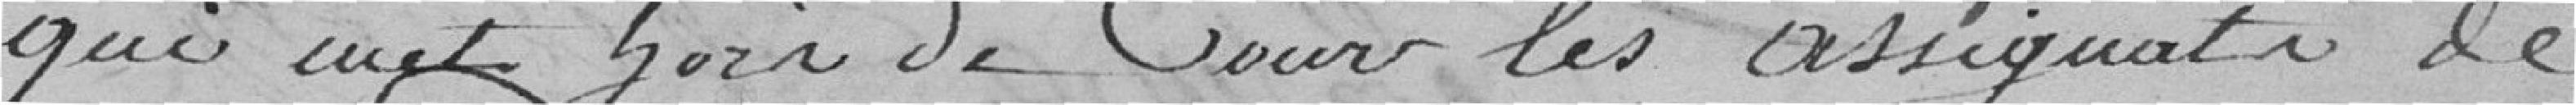
qui compte hors de cours les assignataires